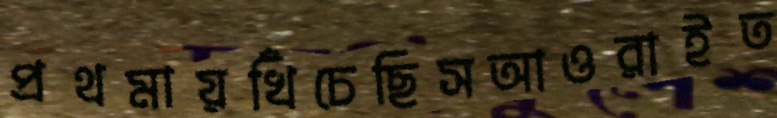
প্রথমায়খিঁচেছিসআওরাইত